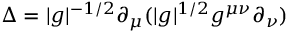
\Delta = | g | ^ { - 1 / 2 } \partial _ { \mu } ( | g | ^ { 1 / 2 } g ^ { \mu \nu } \partial _ { \nu } )